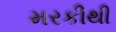
મરકીથી